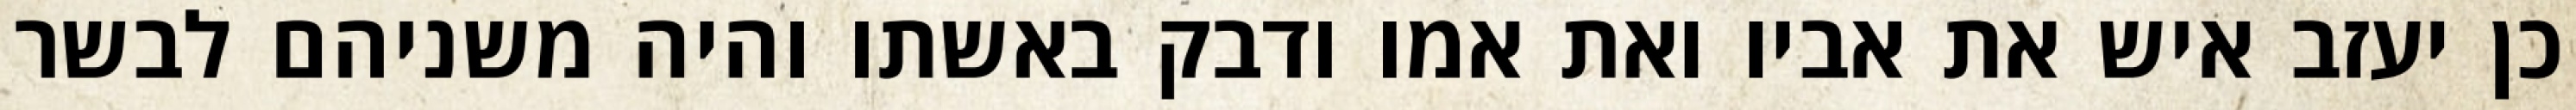
כן יעזב איש את אביו ואת אמו ודבק באשתו והיה משניהם לבשר